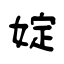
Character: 婝